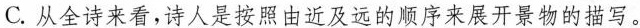
C.从全诗来看，诗人是按照由近及远的顺序来展开景物的描写。